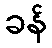
ခန်